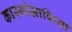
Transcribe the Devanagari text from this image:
कास्मोग्राफिया